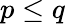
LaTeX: p\leq q